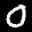
Label: 0